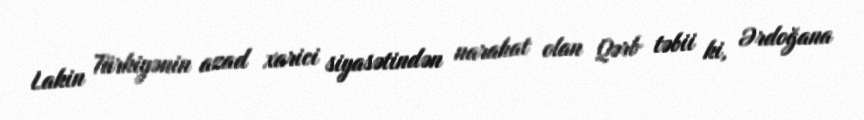
Lakin Türkiyənin azad xarici siyasətindən narahat olan Qərb təbii ki, Ərdoğana